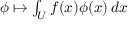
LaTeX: \phi \mapsto \textstyle \int _ { U } f ( x ) \phi ( x ) \, d x